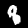
Digit: 8